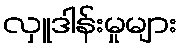
လှူဒါန်းမှုများ